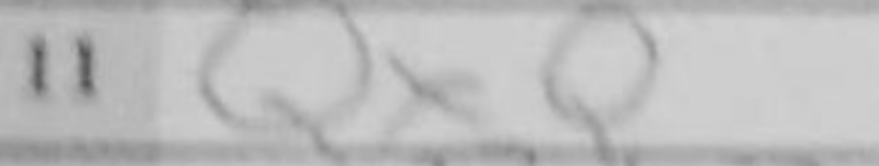
Transcription: QxQ